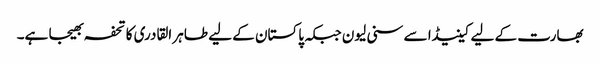
بھارت کے لیے کینیڈا سے سنی لیون جبکہ پاکستان کے لیے طاہر القادری کا تحفہ بھیجا ہے۔